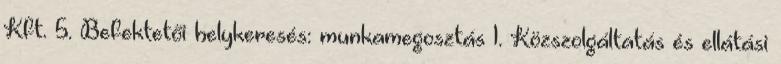
Kft. 5. Befektetői helykeresés: munkamegosztás 1. Közszolgáltatás és ellátási